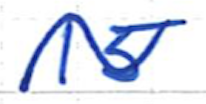
Text: 15
Cross-out: wave
Writing tool: ballpoint